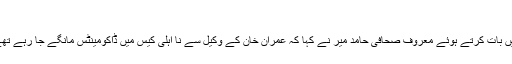
حامد میر
: نجی ٹی وی چینل کے پروگرام میں بات کرتے ہوئے معروف صحافی حامد میر نے کہا کہ عمران خان کے وکیل سے نا اہلی کیس میں ڈاکومینٹس مانگے جا رہے تھے جو انہوں نے جمع نہیں کروائے۔